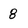
Character: 8